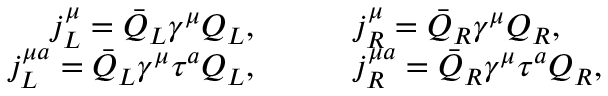
\begin{array} { r l } { j _ { L } ^ { \mu } = \bar { Q } _ { L } \gamma ^ { \mu } Q _ { L } , \qquad } & { j _ { R } ^ { \mu } = \bar { Q } _ { R } \gamma ^ { \mu } Q _ { R } , \qquad } \\ { j _ { L } ^ { \mu a } = \bar { Q } _ { L } \gamma ^ { \mu } \tau ^ { a } Q _ { L } , \qquad } & { j _ { R } ^ { \mu a } = \bar { Q } _ { R } \gamma ^ { \mu } \tau ^ { a } Q _ { R } , } \end{array}